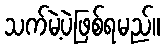
သက်မဲ့ပဲဖြစ်ရမည်။